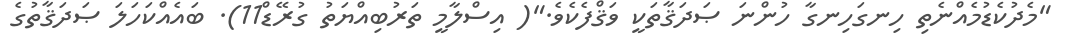
"މެދުކެޑުމެއްނެތި ހިނގަހިނގާ ހުންނަ ޞަދަޤާތަކީ ވަޤްފެކެވެ."( އިސްލާމީ ތަރުބިއްޔަތު ގުރޭޑް11). ބައެއްކަހަލަ ޞަދަޤާތުގެ